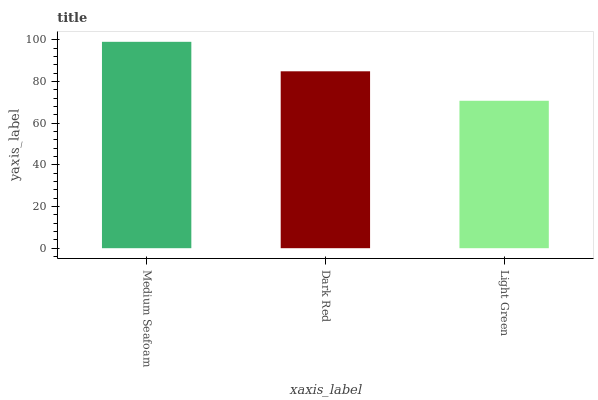
| xaxis_label | bars |
 | --- | --- |
 | Medium Seafoam | 99 |
 | Dark Red | 84.9 |
 | Light Green | 70.7 |